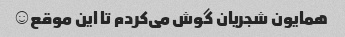
همایون شجریان گوش می‌کردم تا این موقع☺